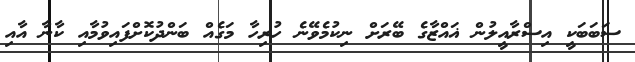
ސަބަބަކީ އިސްރާއީލުން ޣައްޒާގެ ބޭރަށް ނިކުމެވޭނެ ހުރިހާ މަގެއް ބަންދުކޮށްފައިވުމާއި ކާނާ އާއި